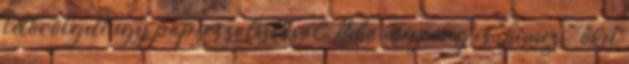
letörölgeti egy papirszalvetával. Néha még meg is "himezi" őket